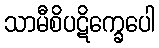
သာမီစိပဋိက္ခေပေါ